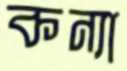
কন্যা